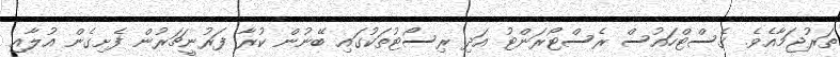
ތަރުޖަމާއެވެ. ގެސްޓްހައުސް ރެސްޓޯރަންޓު އަދި ރިސޯޓުތަކުގައި ބޭނުން ކުރާ ފަރުނީޗަރުން ފެށިގެން އުލާއި